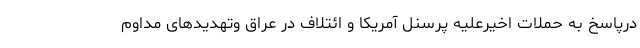
درپاسخ به حملات اخیرعلیه پرسنل آمریکا و ائتلاف در عراق وتهدیدهای مداوم